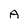
Character: A